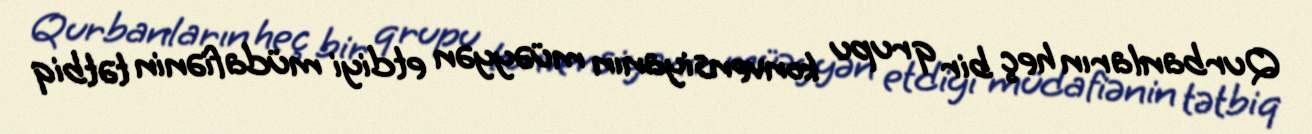
Qurbanların heç bir qrupu konvensiyanın müəyyən etdiyi müdafiənin tətbiq